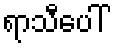
ရာသီပေါ်